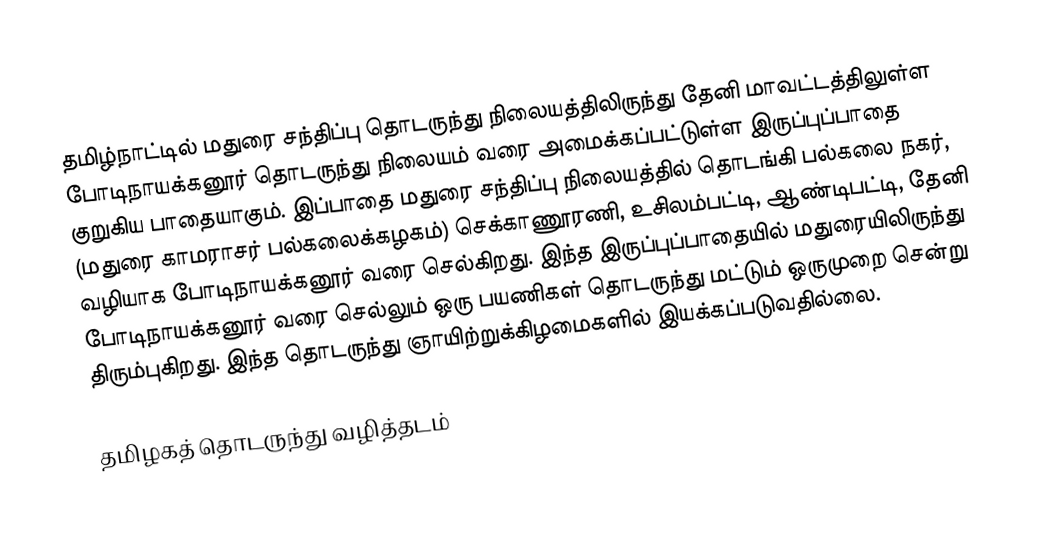
தமிழ்நாட்டில் மதுரை சந்திப்பு தொடருந்து நிலையத்திலிருந்து தேனி மாவட்டத்திலுள்ள போடிநாயக்கனூர் தொடருந்து நிலையம் வரை அமைக்கப்பட்டுள்ள இருப்புப்பாதை குறுகிய பாதையாகும். இப்பாதை மதுரை சந்திப்பு நிலையத்தில் தொடங்கி பல்கலை நகர், (மதுரை காமராசர் பல்கலைக்கழகம்) செக்காணூரணி, உசிலம்பட்டி, ஆண்டிபட்டி, தேனி வழியாக போடிநாயக்கனூர் வரை செல்கிறது. இந்த இருப்புப்பாதையில் மதுரையிலிருந்து போடிநாயக்கனூர் வரை செல்லும் ஒரு பயணிகள் தொடருந்து மட்டும் ஒருமுறை சென்று திரும்புகிறது. இந்த தொடருந்து ஞாயிற்றுக்கிழமைகளில் இயக்கப்படுவதில்லை.

தமிழகத் தொடருந்து வழித்தடம்